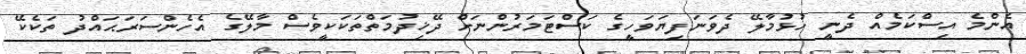
އެންމެ އިސްކަމެއް ދެނީ ހުޅުމާލޭ ދެވަނަފިޔަވަހީގެ ކަސްޓަމަރުންނަށް ދޭޚިދުމަތްތަކަކީވެސް މާލޭގެ އެހެންސަރަޙައްދު ތަކެކޭ